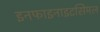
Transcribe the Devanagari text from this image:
इनफाइनाइटसिमल